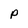
Character: P